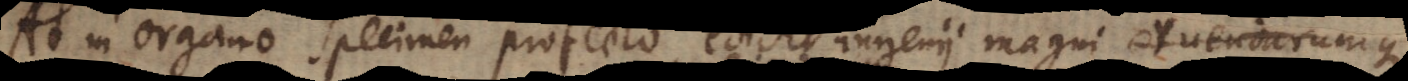
At in Organo specimen profecto edidit ingenii magni eruendarumque